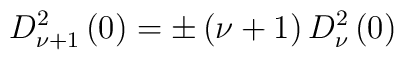
D_{\nu +1}^{2}\left( 0\right) =\pm \left( \nu +1\right) D_{\nu }^{2}\left(0\right)